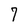
Character: 7